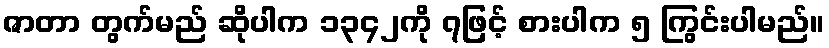
ဇာတာ တွက်မည် ဆိုပါက ၁၃၄၂ကို ၇ဖြင့် စားပါက ၅ ကြွင်းပါမည်။